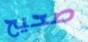
صحيح